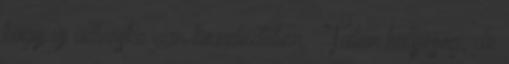
hogy új üdvöske van közeledőben. : Talán hülyeség, de